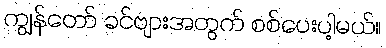
ကျွန်တော် ခင်ဗျားအတွက် စစ်ပေးပါ့မယ်။